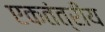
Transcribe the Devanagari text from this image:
एकतंत्रीय